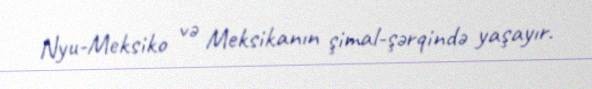
Nyu-Meksiko və Meksikanın şimal-şərqində yaşayır.